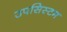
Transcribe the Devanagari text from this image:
उपसिस्टम